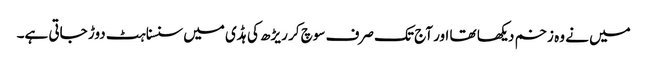
میں نے وہ زخم دیکھا تھا اور آج تک صرف سوچ کر ریڑھ کی ہڈی میں سنسناہٹ دوڑ جاتی ہے۔